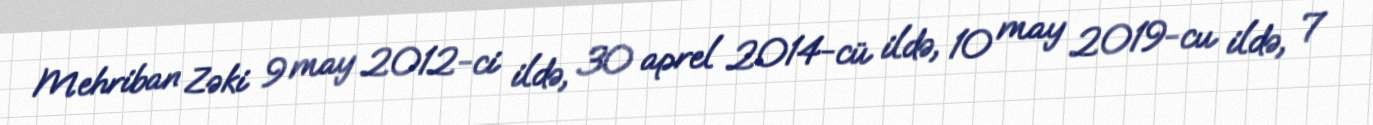
Mehriban Zəki 9 may 2012-ci ildə, 30 aprel 2014-cü ildə, 10 may 2019-cu ildə, 7